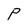
Character: P